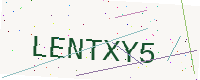
Text: LENTXY5